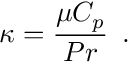
\kappa = \frac { \mu C _ { p } } { P r } \, \mathrm { ~ . ~ }